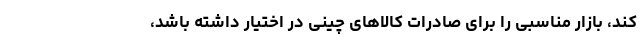
کند، بازار مناسبی را برای صادرات کالاهای چینی در اختیار داشته باشد،